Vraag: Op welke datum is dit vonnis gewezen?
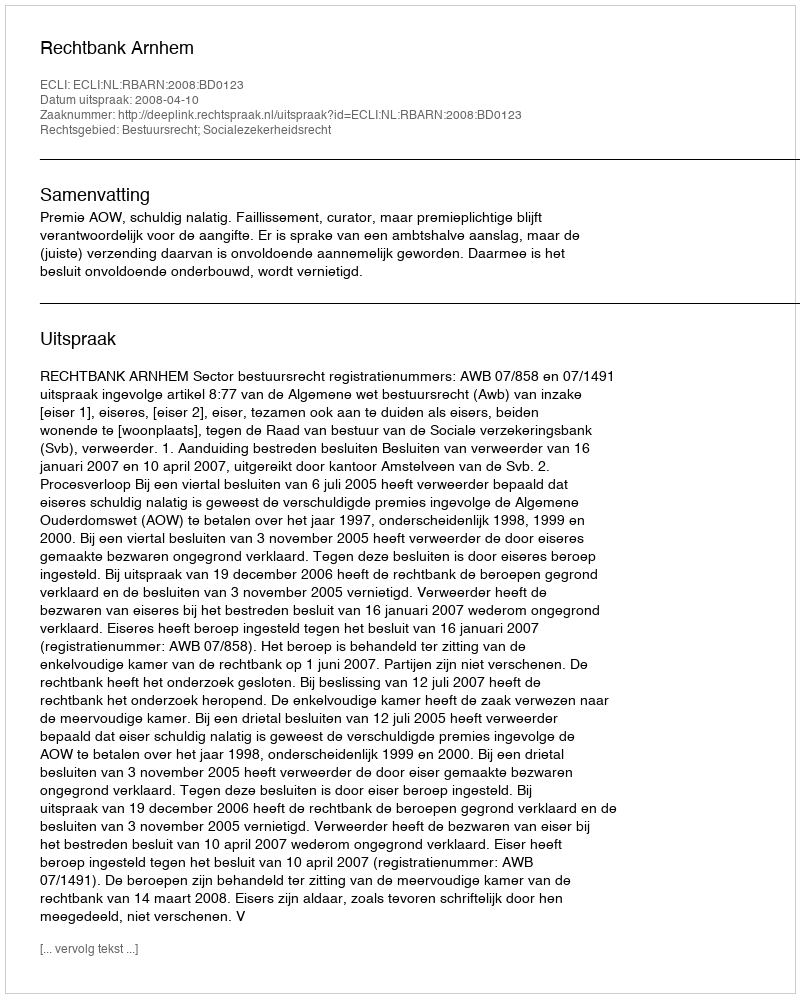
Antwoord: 2008-04-10